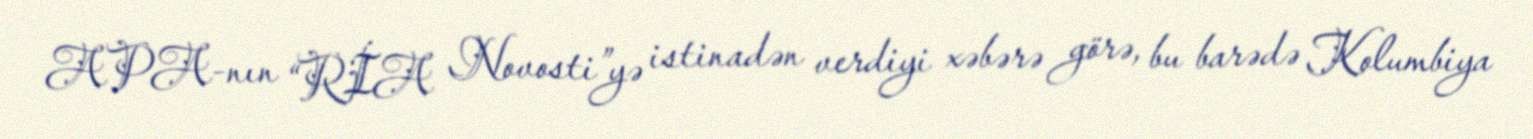
APA-nın “RİA Novosti”yə istinadən verdiyi xəbərə görə, bu barədə Kolumbiya